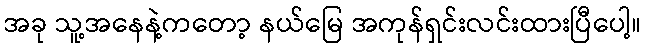
အခု သူ့အနေနဲ့ကတော့ နယ်မြေ အကုန်ရှင်းလင်းထားပြီပေါ့။